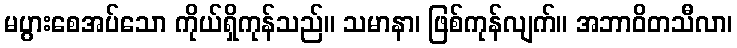
မပွားစေအပ်သော ကိုယ်ရှိကုန်သည်။ သမာနာ၊ ဖြစ်ကုန်လျက်။ အဘာဝိတသီလာ၊